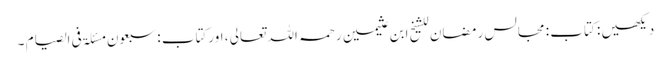
دیکھیں : کتاب : مجالس رمضان للشیخ ابن عثیمین رحمہ اللہ تعالی ، اورکتاب : سبعون مسئلۃ فی الصیام ۔